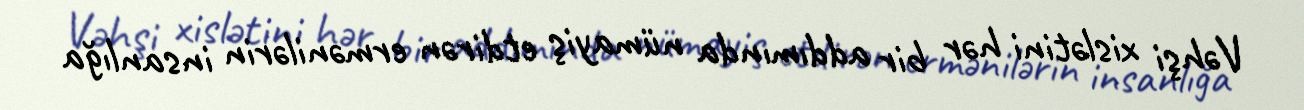
Vəhşi xislətini hər bir addımında nümayiş etdirən ermənilərin insanlığa